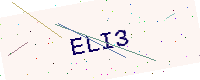
Text: ELI3